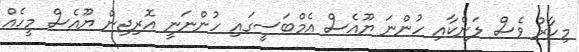
މިހާރު ވެސް ލަންކާއި ހުންނަ ޔޫއެސް އެމްބަސީގައި ހުންނަނީ އޮރިޖިން ޔޫއެސް މީހެއް